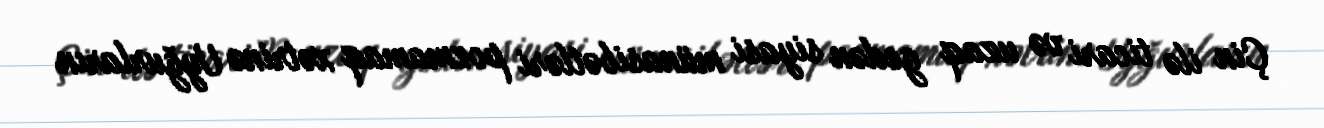
Çin ilə ticari və uzaq gedən siyasi münasibətləri pozmamaq xətrinə Uyğurların